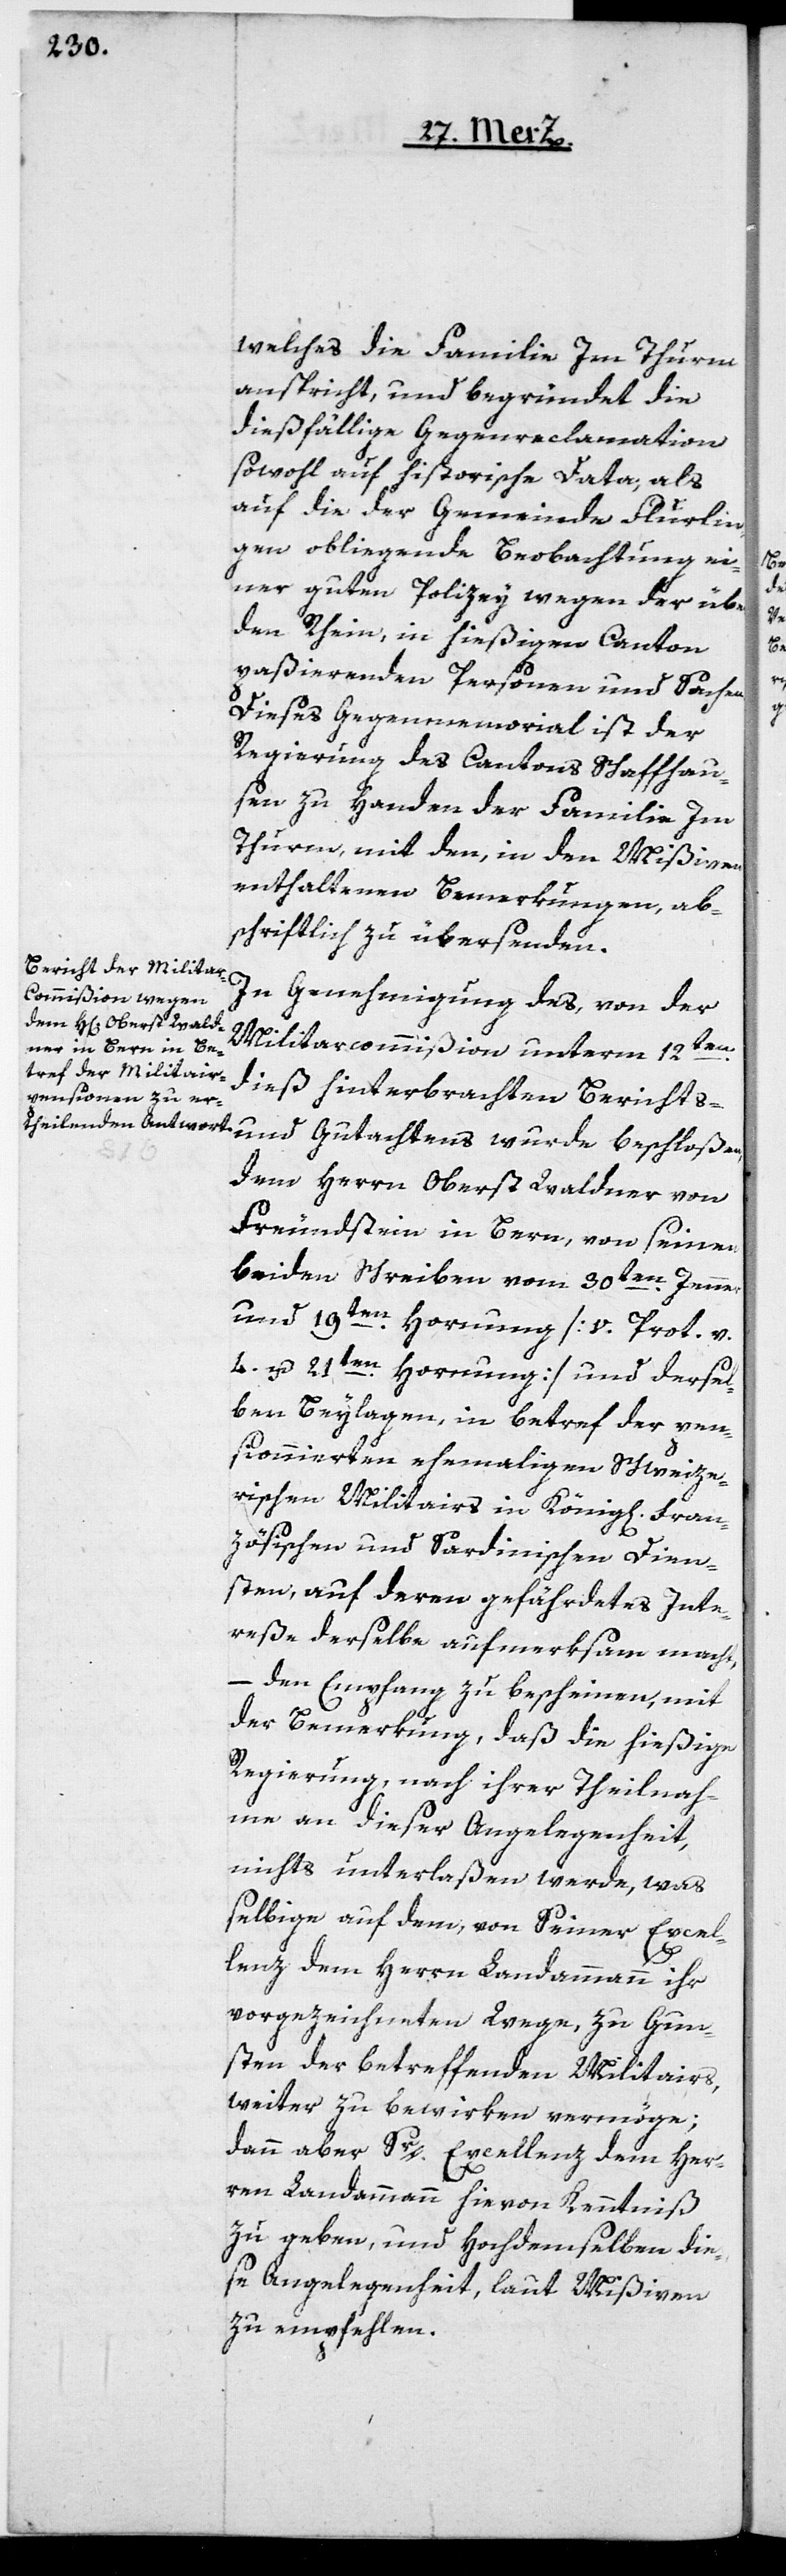
welches die Familie Im Thurm
anspricht, und begründet die
dießfällige Gegenreclamation
sowohl auf historische Data, als
auf die Gemeinde Flurlin¬
gen obliegende Beobachtung ei¬
ner guten Polizey wegen der über
den Rhein, in hießigen Canton
paßierenden Personen und Sachen.
Dieses Gegenmemorial ist der
Regierung des Cantons Schaffhau¬
sen zu Handen der Familie Im
Thurn, mit den, in den Mißiven
enthaltenen Bemerkungen, ab¬
schriftlich zu übersenden.
In Genehmigung des, von der
Militarcommißion unterm 12ten
dieß hinterbrachten Berichts-
und Gutachtens wurde beschloßen,
dem Herrn Oberst Waldner von
Freundstein in Bern, von seinen
beiden Schreiben vom 30ten Jenner
und 19ten Hornung [v. Prot. v.
4. u. 21ten Hornung] und dersel¬
ben Belagen, in betref der pen¬
sionnierten ehemaligen schweize¬
rischen Militairs in König[lichen] Fran¬
zösischen und Sardinischen Dien¬
sten, auf deren gefährdetes Inte¬
reße derselbe aufmerksam macht,
– den Empfang zu bescheinen, mit
der Bemerkung, daß die hießige
Regierung, nach ihrer Theilnah¬
me an dieser Angelegenheit,
nichts unterlaßen werde, was
selbige auf dem, von Seiner Excel¬
lenz dem Herrn Landammann ihr
vorgezeichneten Wege, zu Gun¬
sten der betreffenden Militairs,
weiter zu bewirken vermöge;
dann aber Sr. Excellenz dem Her¬
ren Landammann hievon Kenntniß
zu geben, und Hochdemselben die¬
se Angelegenheit, laut Mißiven,
zu empfehlen.